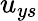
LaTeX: u_{ys}